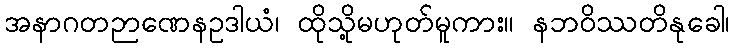
အနာဂတဉာဏေနဥဒါယံ၊ ထိုသို့မဟုတ်မူကား။ နဘဝိဿတိနုခေါ၊